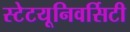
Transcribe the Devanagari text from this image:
स्टेटयूनिवर्सिटी